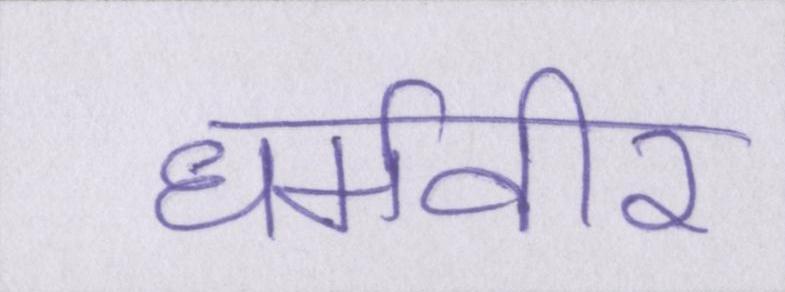
धर्मवीर